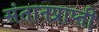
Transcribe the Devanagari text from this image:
संतानप्राप्ती